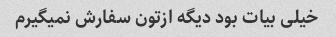
خیلی بیات بود دیگه ازتون سفارش نمیگیرم